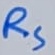
Text: RS